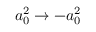
a _ { 0 } ^ { 2 } \rightarrow - a _ { 0 } ^ { 2 }